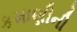
કમાણીની